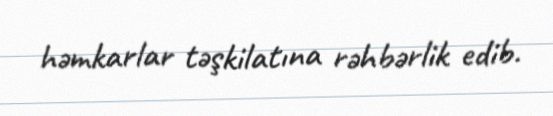
həmkarlar təşkilatına rəhbərlik edib.